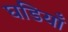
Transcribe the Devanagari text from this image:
घडियाँ